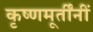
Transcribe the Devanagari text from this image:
कृष्णमूर्तींनीं